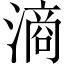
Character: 滳